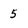
Character: 5